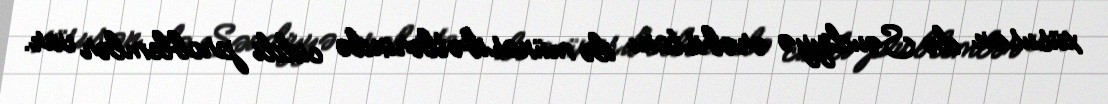
xüsusən də Səudiyyə ərəbistanı ilə münasibətlərində ciddi problemlər var.